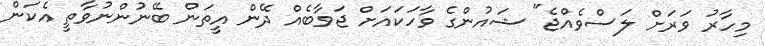
މިހާރު ވަރަށް ލަސްވެއްޖެ" ޝައުންގެ ވާހަކައަށް ޖަވާބެއް ދޭން އީތަން ބޭނުންނުވާތީ އެކަން